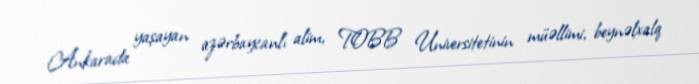
Ankarada yaşayan azərbaycanlı alim, TOBB Universitetinin müəllimi, beynəlxalq